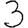
Digit: 3